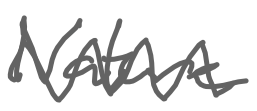
Text: Nature
Cross-out: zig-zag
Writing tool: digital_gray